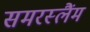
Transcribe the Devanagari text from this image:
समरस्लैंम